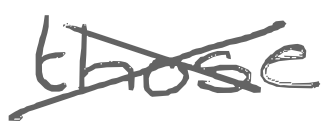
Text: those
Cross-out: cross
Writing tool: digital_gray